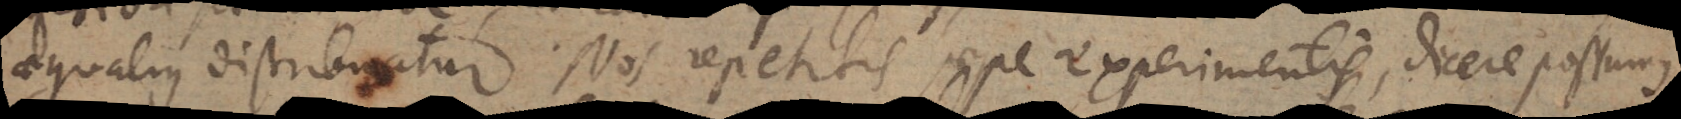
aequalius distribuatur. Nos repetitis saepe experimentis, dicere possumus